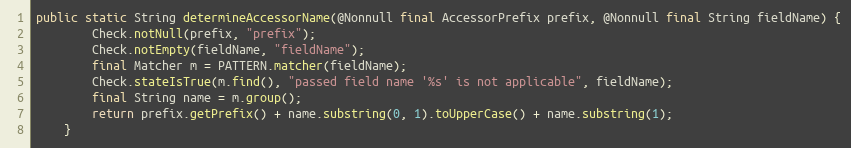
Language: Java
public static String determineAccessorName(@Nonnull final AccessorPrefix prefix, @Nonnull final String fieldName) {
		Check.notNull(prefix, "prefix");
		Check.notEmpty(fieldName, "fieldName");
		final Matcher m = PATTERN.matcher(fieldName);
		Check.stateIsTrue(m.find(), "passed field name '%s' is not applicable", fieldName);
		final String name = m.group();
		return prefix.getPrefix() + name.substring(0, 1).toUpperCase() + name.substring(1);
	}